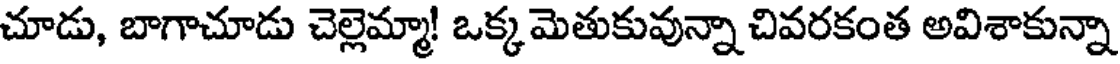
చూడు, బాగాచూడు చెల్లెమ్మా! ఒక్కమెతుకువున్నా చివరకంత అవిశాకున్నా